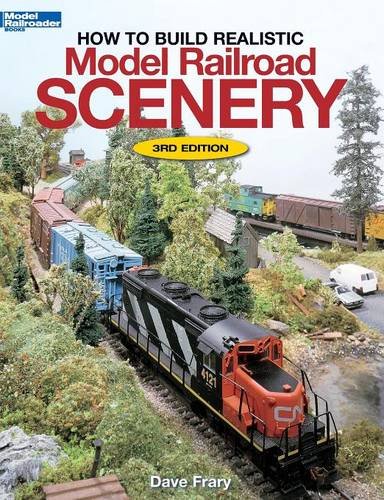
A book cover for How to Build Realistic Model Railroad Scenery, Third Edition (Model Railroader Books); Dave Frary; Crafts, Hobbies & Home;